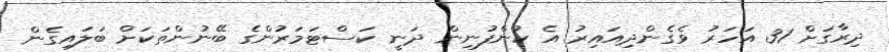
ދިރާގަށް 31 އަހަރު ވެގެންދިއައިރު އެ ކުންފުނިން ދަނީ ކަސްޓަމަރުންގެ ބޭނުންތަކަށް ބަލައިގެން